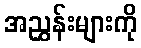
အညွှန်းများကို